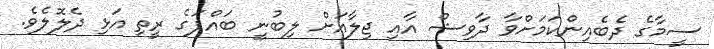
ސީމާގެ ދެބެއިންކަމަށްވާ ދާވިޝް އާއި ޖިލާއަށް ލިބުނީ ބައްޕަގެ ރީތި އަޅި ދެލޮލެވެ.